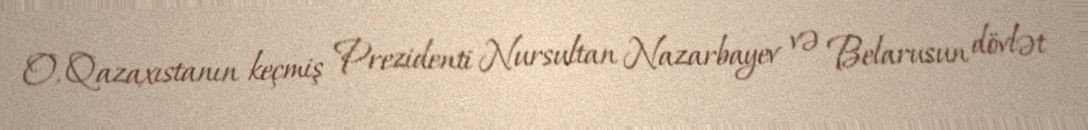
O, Qazaxıstanın keçmiş Prezidenti Nursultan Nazarbayev və Belarusun dövlət